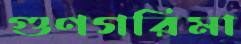
গুণগরিমা